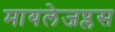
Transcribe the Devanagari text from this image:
मायलेजप्लस